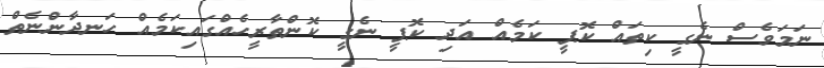
ނަމަވެސް ނެގީ ކިތައް ކޮޕީ ކަމެއް އަދި ކޮޕީ ނެގީ ކޮންތާރީހެއްގައިކަމެއް ހަނދާންނެތް